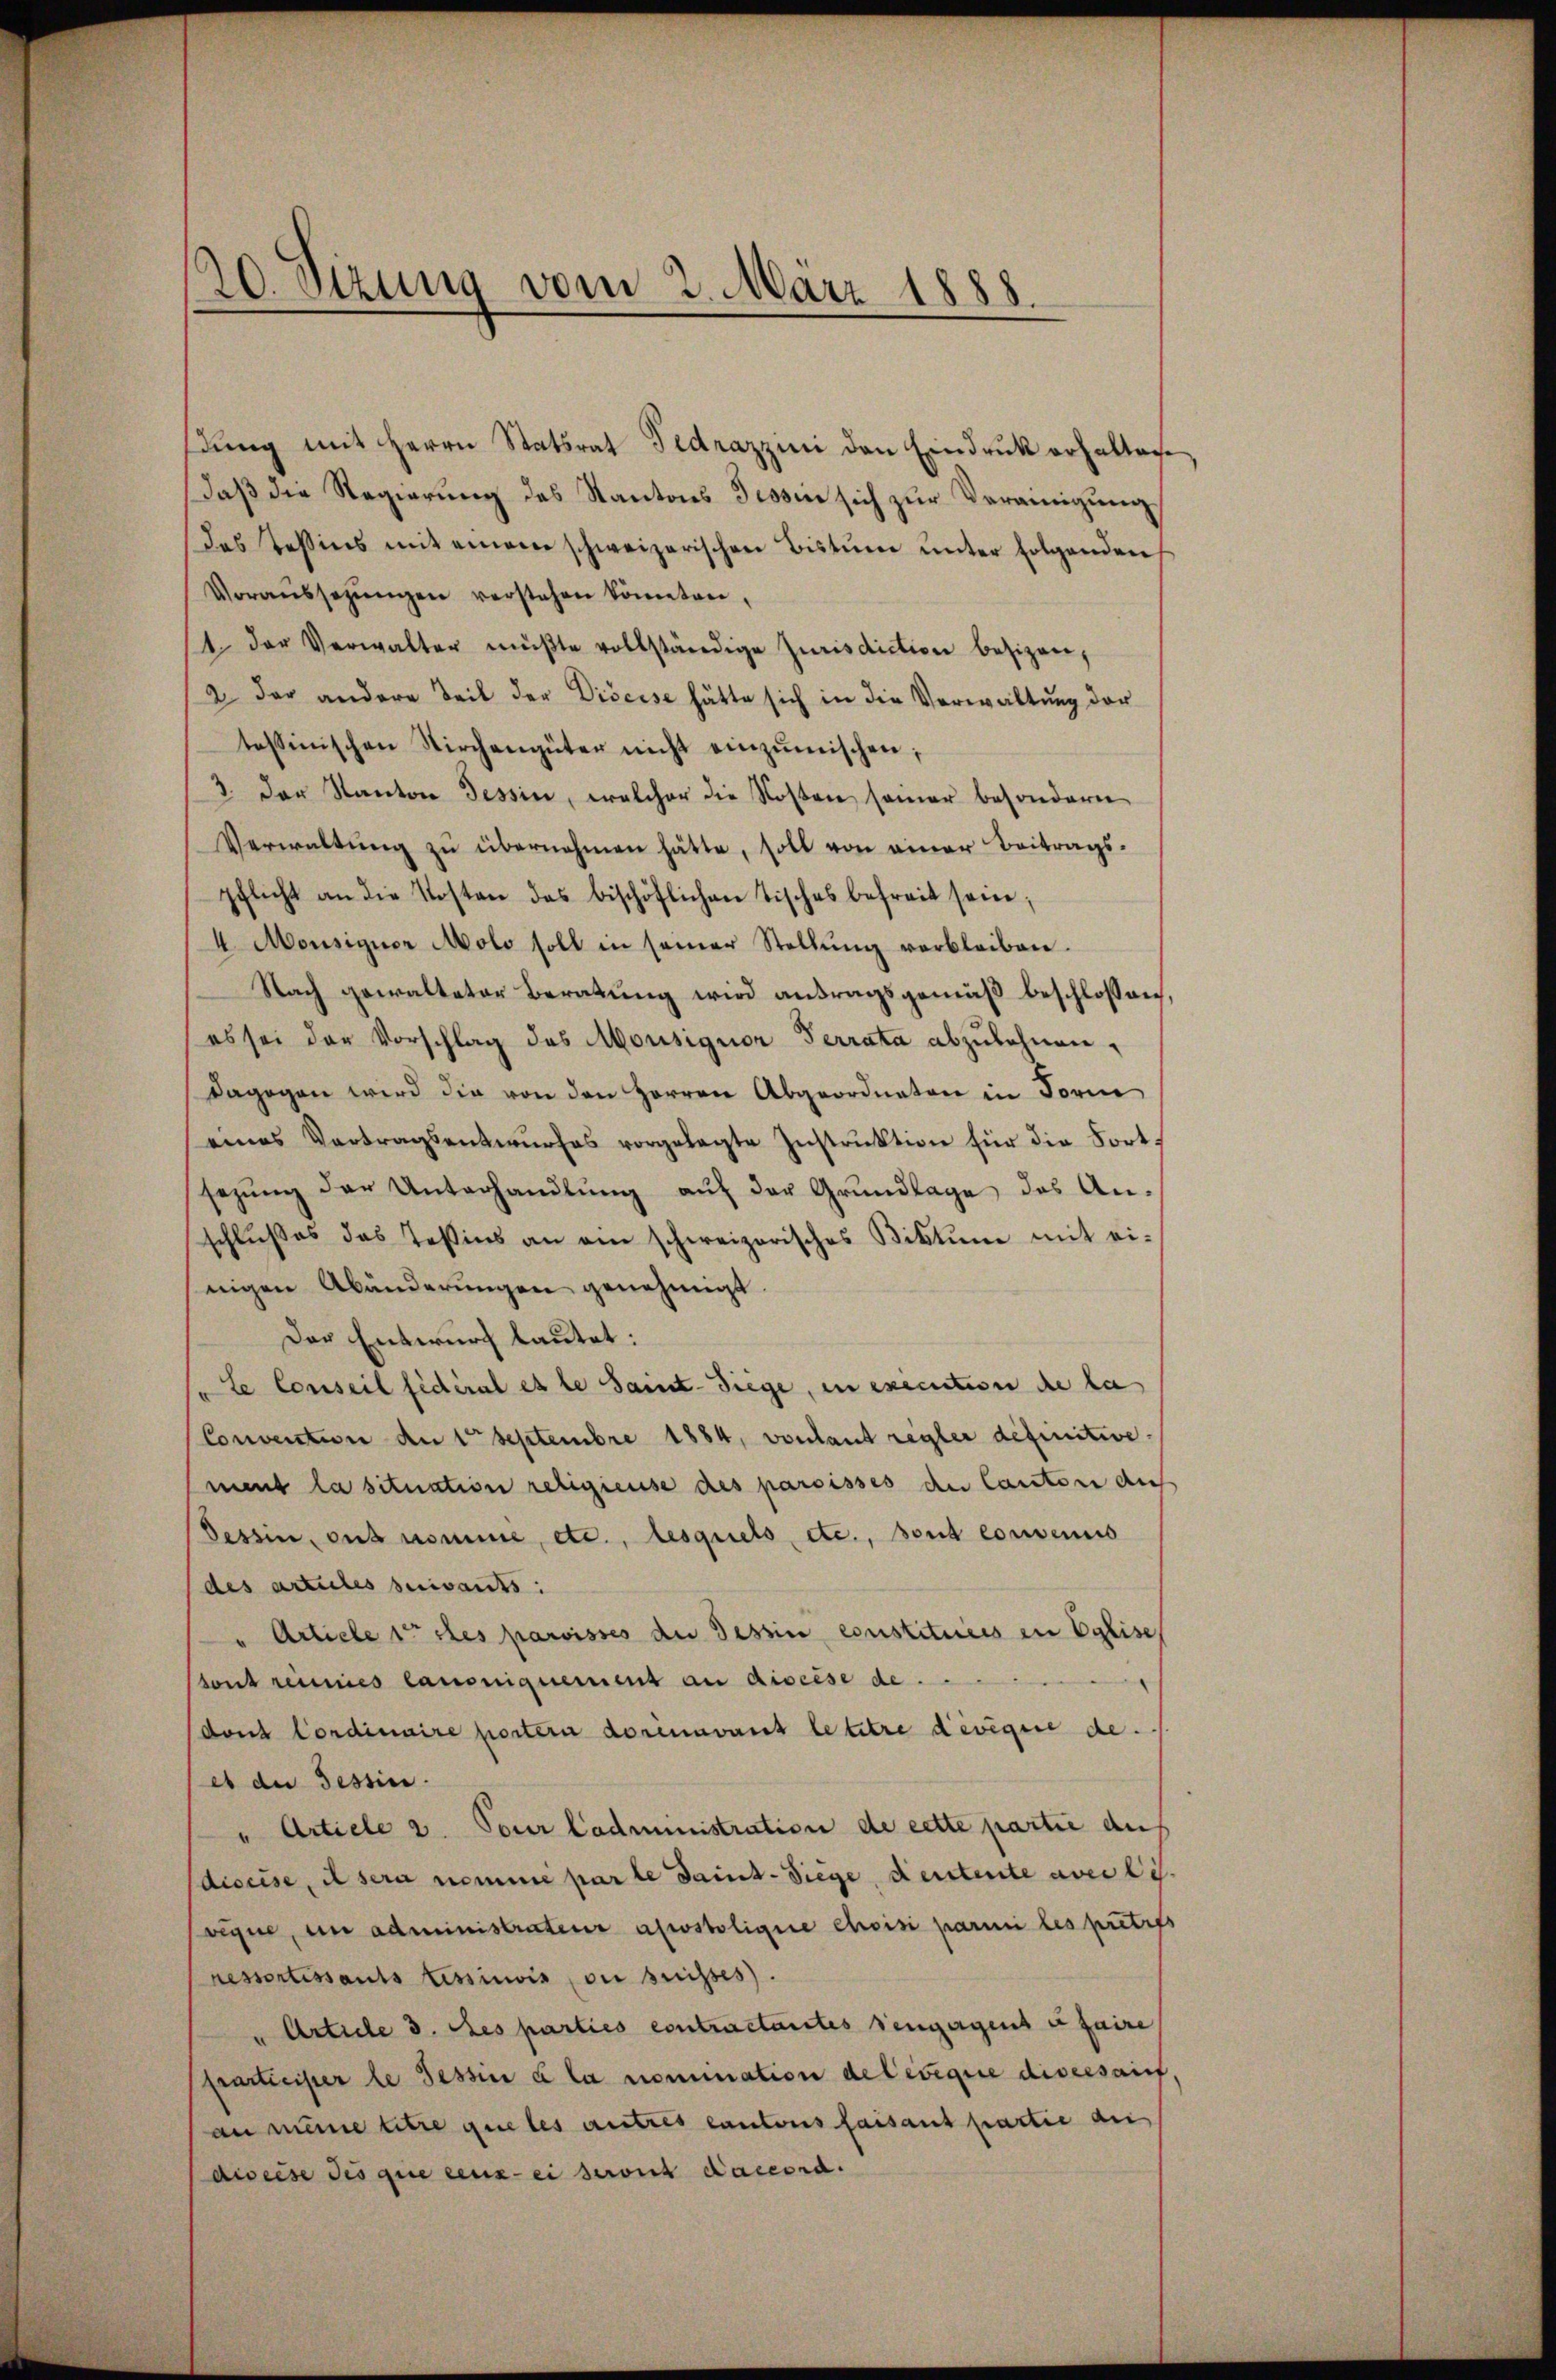
s
20. Sizung vom 2. März 1888.

1. Der Verwalter müßte vollständige Jurisdiction besizen,
2. der andere Teil der Diseise hätte sich in die Verwaltung der
tessinischen Kirchengüter nicht einzŭmischen;
3. Der Kanton Tessin, welcher die Rosen samer besondern
Verwaltŭng zŭ übernahmen hätte, soll von einer Beitrags-
sclicht an die Kosten das bischöflichen Tisches befreit sein;
4 Monsiquer Molo soll in seiner Stellŭng verbleiben.
Nach gewalteter Beratung wird antragsgemäß beschlossen,
es sei der Vorschlag des Monsigner Terrata abzulehnen.
dagegen wird die von den Herren Abgeordneten in Form
eines Vertragsentwurfes vorgelegte Instruktion für die Fortsezŭng der Unterhandlŭng aŭf der Grŭndlage des An-
schlußes das Teßins an ain schweizerisches Bittŭm mit ei-
nigen Abänderungen genehmigt.
Der Entwurf lautet:
"le Conseil fédéral es le Saint-Siege, in execution de la
Convention de 1te͇n Septembre 1884, vonlaut regler definitivement la situation religieuse des paroisses den Canton auf
Tessin, aus nomme, etc., lesquels etc., sont convenus
des articles suivants:
" Article 15 des paroisses du Tessin constituirs in Eglise,
tont reines lausnignement an discese de
dont Cordinaire portern darinavant le titre devigue de
et die Tessin.
" Article 2. Tour Cadministration de cette partie auf
diccise, il sera nomme par le daint-Siege, deutente avec lis.
vigne, um administrateur apostoligne choisi parmi les pretios
ressortissants Lessivis, ou suisses.
Article 3. des parties contractantes Bengegens faire
frarticister le Tessin à la nomination de ledigie diversaif,
an meine titre que les autres cantons faisant partie du
diseise des que ceux ei seront accord.

dŭng mit Herrn Statsrat Fedrazzini den Eindruck erhalten,
daß die Regierung des Kantons Tessin sich zur Vereinigung
Das Tessins mit einem schweizerischen Bistŭm ŭnter folgenden
Voraŭssezŭngen verstehen könnten,